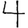
Digit: 4